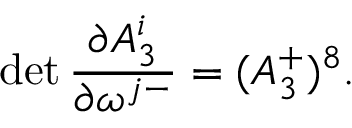
\operatorname * { d e t } { \frac { \partial A _ { 3 } ^ { i } } { \partial \omega ^ { j - } } } = ( A _ { 3 } ^ { + } ) ^ { 8 } .